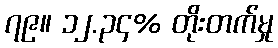
၇၉။ ၁၂.၃၄% တိုးတက်မှု